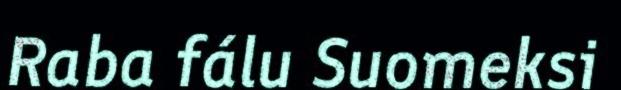
Raba fálu Suomeksi